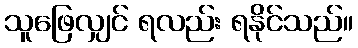
သူဖြေလျှင် ရလည်း ရနိုင်သည်။